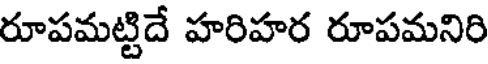
రూపమట్టిదే హరిహర రూపమనిరి